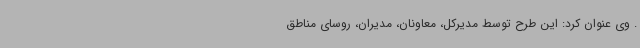
. وی عنوان کرد: این طرح توسط مدیرکل، معاونان، مدیران، روسای مناطق